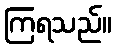
ကြရသည်။